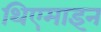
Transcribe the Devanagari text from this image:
थिएमाइन